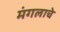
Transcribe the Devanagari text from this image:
मंगलाचे